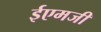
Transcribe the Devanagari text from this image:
ईएमजी